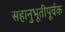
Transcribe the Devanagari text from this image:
सहानुभूतीपूर्वक